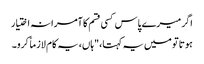
اگر میرے پاس کسی قسم کا آمرانہ اختیار
ہوتا تو میں یہ کہتا،"ہاں، یہ کام لازماً کرو۔